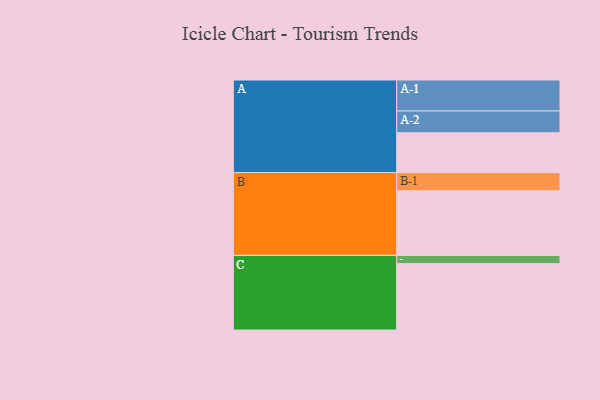
{"axis": {"x": "Segment", "y": "Value"}, "legend": ["", "A", "B", "C"], "data": [{"x": "A", "y": 313, "type": ""}, {"x": "B", "y": 509, "type": ""}, {"x": "C", "y": 523, "type": ""}, {"x": "A-1", "y": 244, "type": "A"}, {"x": "A-2", "y": 172, "type": "A"}, {"x": "B-1", "y": 144, "type": "B"}, {"x": "C-1", "y": 65, "type": "C"}]}